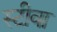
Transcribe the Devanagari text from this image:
स्टीवा